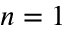
n = 1